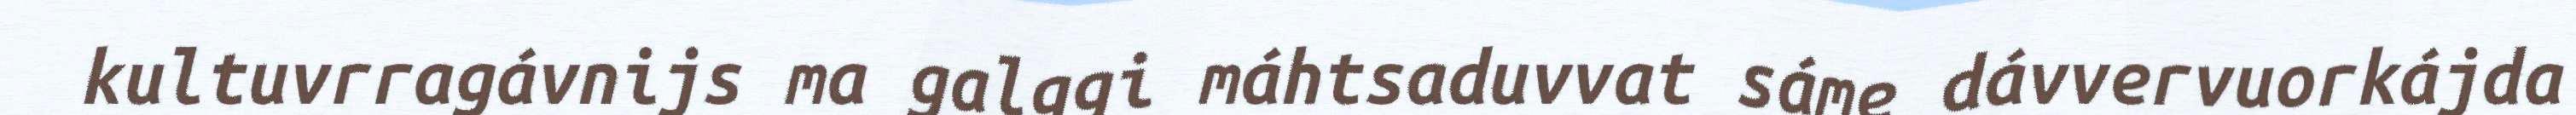
kultuvrragávnijs ma galggi máhtsaduvvat sáme dávvervuorkájda